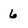
Character: 6